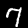
Digit: 7